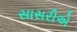
સાસરીએ